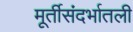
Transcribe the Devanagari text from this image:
मूर्तीसंदर्भातली